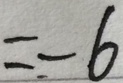
= - 6